Medical and sanitary report on the native army of Bombay for the year
Year: 1878
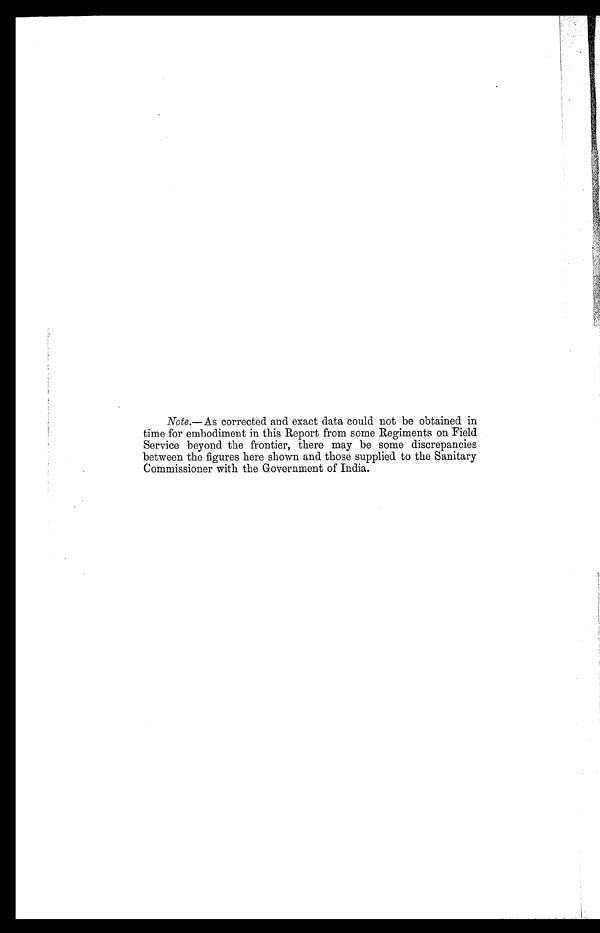
Note.—As corrected and exact data could not be obtained in
time for embodiment in this Report from some Regiments on Field
Service beyond the frontier, there may be some discrepancies
between the figures here shown and those supplied to the Sanitary
Commissioner with the Government of India.